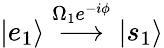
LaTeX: |e_{1}\rangle\stackrel{\Omega_{1}e^{-i\phi}}{\longrightarrow}|s_{1}\rangle